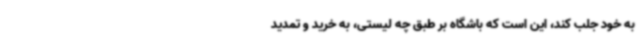
به خود جلب کند، این است که باشگاه بر طبق چه لیستی، به خرید و تمدید